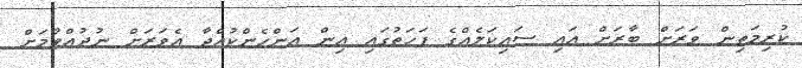
ކުރިމަތިން ވަރަށް ބާރަށް އައި ސައިކަލެއްގެ ފަހަތުގައި އިން އަންހެންކުއްޖާ އެވަރަށް ނުދުއްވުމަށް